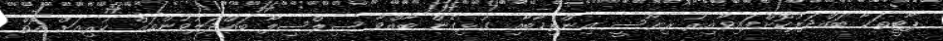
ޕާޓީތަކާ ބައްދަލުކޮށްފައިވާއިރު ރިޔާސީ އިންތިޚާބާއި ގުޅިގެން ބާއްވާ ސިލްސިލާ ބައްދަލުވުންތައް ކުރިއަށް އޮތް